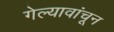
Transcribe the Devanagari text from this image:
गेल्यावांचून